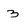
Character: 3